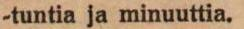
-tuntia ja minuuttia.